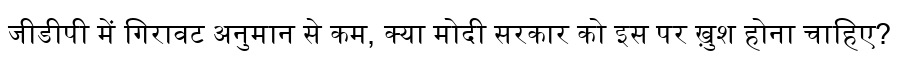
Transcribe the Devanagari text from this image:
जीडीपी में गिरावट अनुमान से कम, क्या मोदी सरकार को इस पर ख़ुश होना चाहिए?